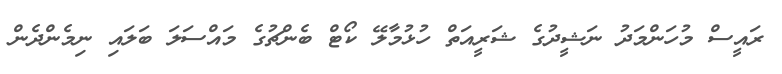
ރައީސް މުހަންމަދު ނަޝީދުގެ ޝަރީއަތް ހުޅުމާލޭ ކޯޓް ބެންޗުގެ މައްސަލަ ބަލައި ނިމެންދެން